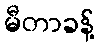
မီတာခန့်